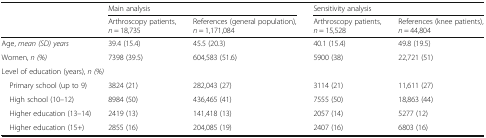
<table><thead><tr><td></td><td colspan="2"><b>Main analysis</b></td><td colspan="2"><b>Sensitivity analysis</b></td></tr><tr><td></td><td><b>Arthroscopy patients, <i>n</i> = 18,735</b></td><td><b>References (general population), <i>n</i> = 1,171,084</b></td><td><b>Arthroscopy patients, <i>n</i> = 15,528</b></td><td><b>References (knee patients), <i>n</i> = 44,804</b></td></tr></thead><tbody><tr><td>Age, <i>mean (SD) years</i></td><td>39.4 (15.4)</td><td>45.5 (20.3)</td><td>40.1 (15.4)</td><td>49.8 (19.5)</td></tr><tr><td>Women, <i>n (%)</i></td><td>7398 (39.5)</td><td>604,583 (51.6)</td><td>5900 (38)</td><td>22,721 (51)</td></tr><tr><td colspan="5">Level of education (years), <i>n (%)</i></td></tr><tr><td> Primary school (up to 9)</td><td>3824 (21)</td><td>282,043 (27)</td><td>3114 (21)</td><td>11,611 (27)</td></tr><tr><td> High school (10–12)</td><td>8984 (50)</td><td>436,465 (41)</td><td>7555 (50)</td><td>18,863 (44)</td></tr><tr><td> Higher education (13–14)</td><td>2419 (13)</td><td>141,418 (13)</td><td>2057 (14)</td><td>5277 (12)</td></tr><tr><td> Higher education (15+)</td><td>2855 (16)</td><td>204,085 (19)</td><td>2407 (16)</td><td>6803 (16)</td></tr></tbody></table>